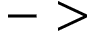
- >